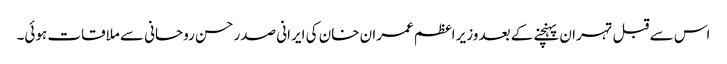
اس سے قبل تہران پہنچنے کے بعد وزیر اعظم عمران خان کی ایرانی صدر حسن روحانی سے ملاقات ہوئی۔